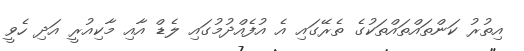
އިތުރު ކަންތައްތައްތަކުގެ ތެރޭގައި އެ އުފެއްދުމުގައި ލެޑް އާއި މާކިއުރީ އަދި ހެވީ